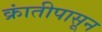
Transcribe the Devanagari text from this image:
क्रांतीपासून